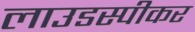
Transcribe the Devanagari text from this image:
लाउडस्‍पीकर